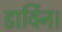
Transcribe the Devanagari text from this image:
डार्विन।